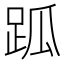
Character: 𧿼